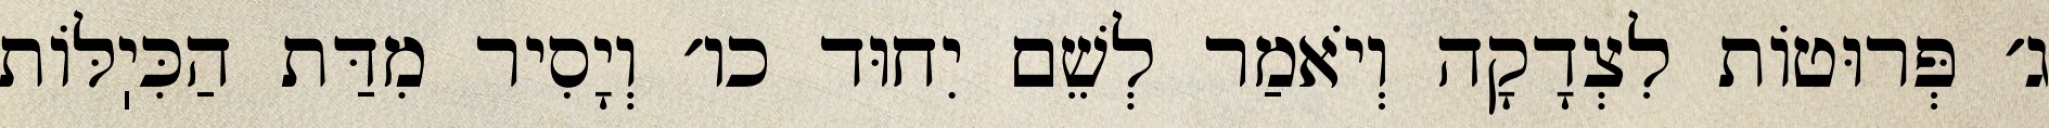
ג׳ פְּרוּטוֹת לִצְדָקָה וְיֹאמַר לְשֵׁם יִחוּד כו׳ וְיָסִיר מִדַּת הַכִּיֽלּוֹת